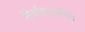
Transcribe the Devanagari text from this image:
निर्वाचनलब्धि